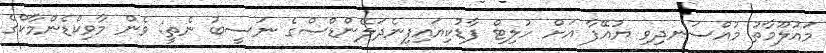
މައުލޫމާތު މުއްސަނދިވި ޔުއޭފާ އަށް ހުލިޓް ފާޑުކިޔައިފިނެދަލޭންޑްސްގެ ނަސީބު ނެތީ: ވެން މާވިކްޑެންމާކްގެ